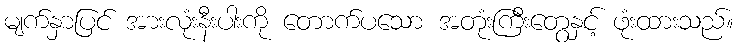
မျက်နှာပြင် အားလုံးနီးပါးကို တောက်ပသော အတုံးကြီးတွေနှင့် ဖုံးထားသည်။